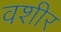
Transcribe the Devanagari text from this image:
वशीर